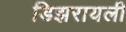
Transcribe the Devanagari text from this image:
डिझरायली